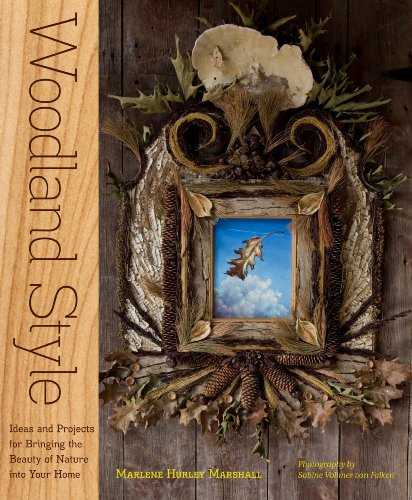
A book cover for Woodland Style: Ideas and Projects for Bringing Foraged and Found Elements into Your Home; Marlene Hurley Marshall; Crafts, Hobbies & Home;